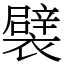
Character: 襞